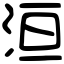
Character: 洹